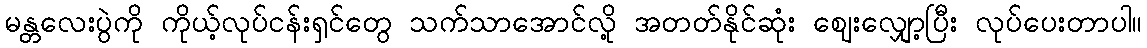
မန္တလေးပွဲကို ကိုယ့်လုပ်ငန်းရှင်တွေ သက်သာအောင်လို့ အတတ်နိုင်ဆုံး ဈေးလျှော့ပြီး လုပ်ပေးတာပါ။